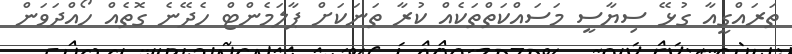
ތަރައްގީއާ ގުޅޭ ސިޔާސީ މަސައްކަތްތަކެއް ކުރާ ތަނަކަށް ޕާލަމެންޓް ހެދޭނެ ގޮތެއް ހޯއްދަވަން